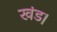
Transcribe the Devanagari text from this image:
खंड।